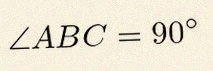
\angle ABC=90^\circ